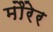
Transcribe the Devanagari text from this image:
मौरेर